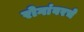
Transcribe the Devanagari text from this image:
रोगांवरचे